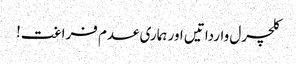
کلچرل وارداتیں اور ہماری عدم فراغت!